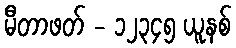
မီတာဖတ် - ၁၂၃၄၅ ယူနစ်